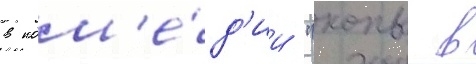
в ком'е́д'ии "копы в